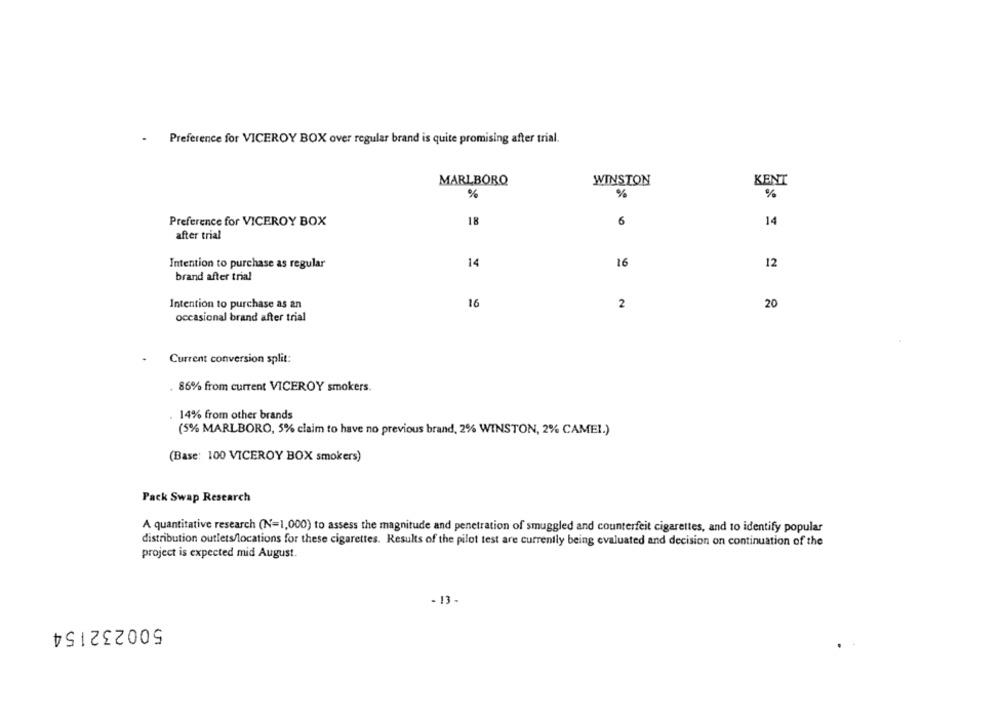
Preference for VICEROY BOX over regular brand is quite promising after trial.
MARLBORO
WINSTON
KENT
%
%
%
Preference for VICEROY BOX
18
6
14
after trial
Intention to purchase as regular
14
16
12
brand after trial
Intention to purchase as an
16
2
20
occasional brand after trial
Current conversion split:
. 86% from current VICEROY smokers.
14% from other brands
(5% MARLBORO, 5% claim to have no previous brand, 2% WINSTON, 2% CAMEL.)
(Base: 100 VICEROY BOX smokers)
Pack Swap Research
A quantitative research (N=1,000) to assess the magnitude and penetration of smuggled and counterfeit cigarettes, and to identify popular
distribution outlets/locations for these cigarettes. Results of the pilot test are currently being evaluated and decision on continuation of the
project is expected mid August.
- 13-
500232154